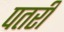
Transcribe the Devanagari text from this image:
पतरी